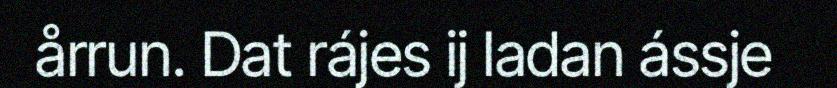
årrun. Dat rájes ij ladan ássje